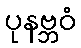
ပုနဗ္ဘဝံ